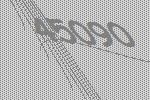
45090